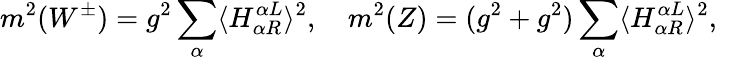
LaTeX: m^{2}(W^{\pm})=g^{2}\sum_{\alpha}\langle H_{\alpha R}^{\alpha L}\rangle^{2},\quad m^{2}(Z)=(g^{2}+g^{2})\sum_{\alpha}\langle H_{\alpha R}^{\alpha L}\rangle^{2},\quad